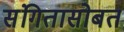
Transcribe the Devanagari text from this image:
संगितासोबत